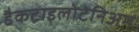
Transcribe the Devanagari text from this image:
डैकटाइलोटेनिअम